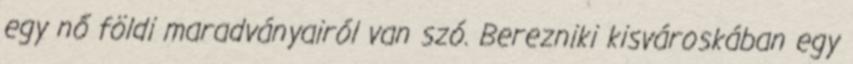
egy nő földi maradványairól van szó. Berezniki kisvároskában egy